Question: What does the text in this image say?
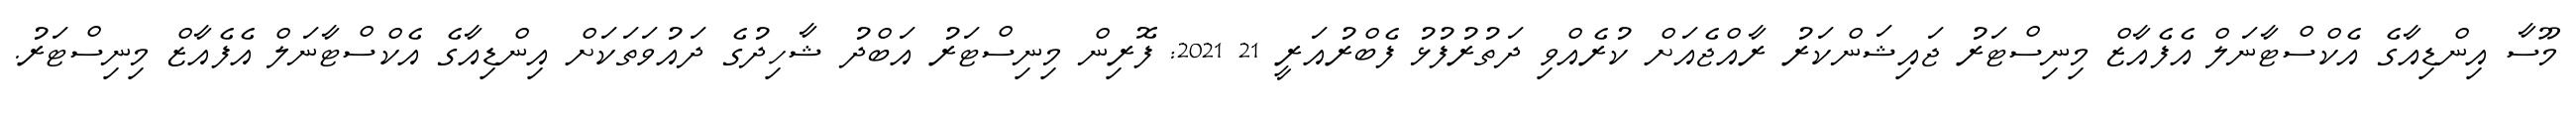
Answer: މޫސާ އިންޑިއާގެ އެކްސްޓާނަލް އެފެއާޒް މިނިސްޓަރު ޖައިޝަންކަރު ރާއްޖެއަށް ކުރެއްވި ދަތުރުފުޅު ފެބްރުއަރީ 21 2021: ފޮރިން މިނިސްޓަރު އަބްދު ޝާހިދުގެ ދައުވަތަކަށް އިންޑިއާގެ އެކްސްޓާނަލް އެފެއާޒް މިނިސްޓަރު.